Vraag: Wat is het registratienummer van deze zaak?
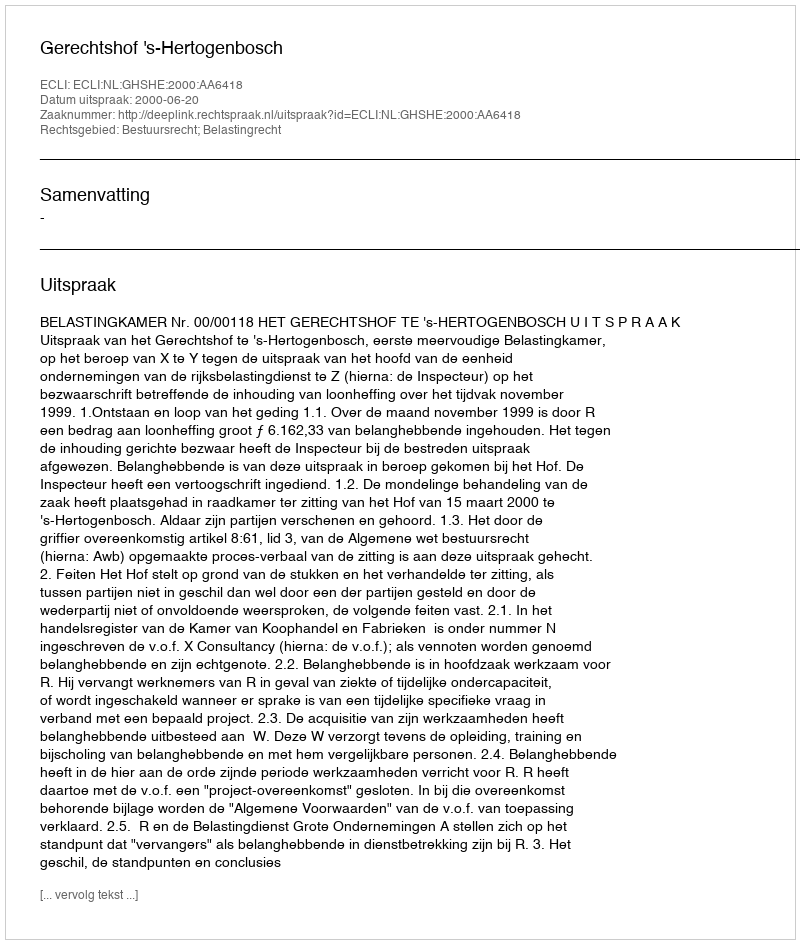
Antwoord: http://deeplink.rechtspraak.nl/uitspraak?id=ECLI:NL:GHSHE:2000:AA6418